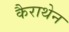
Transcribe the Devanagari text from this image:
कैराथेन